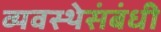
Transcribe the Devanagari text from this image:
व्यवस्थेसंबंधी